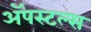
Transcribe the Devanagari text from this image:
ॲपस्टल्स